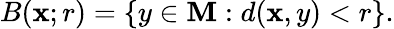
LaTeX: B(\mathbf{x};r)=\{ y\in\mathbf{M}:d(\mathbf{x},y)<r\} .